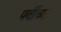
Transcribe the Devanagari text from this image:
पर्वीच्या